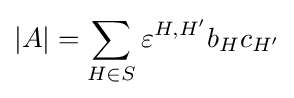
|A|=\sum _{H\in S}\varepsilon ^{H,H^{\prime }}b_{H}c_{H^{\prime }}